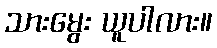
သားမွေး ယူပါလား။